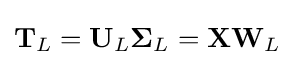
\mathbf {T} _{L}=\mathbf {U} _{L}\mathbf {\Sigma } _{L}=\mathbf {X} \mathbf {W} _{L}